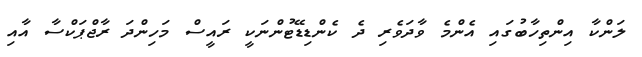
ލަންކާ އިންތިހާބުގައި އެންމެ ވާދަވެރި ދެ ކެންޑިޑޭޓުންނަކީ ރައީސް މަހިންދަ ރާޖްޕަކްސާ އާއި